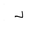
Letter: _dal